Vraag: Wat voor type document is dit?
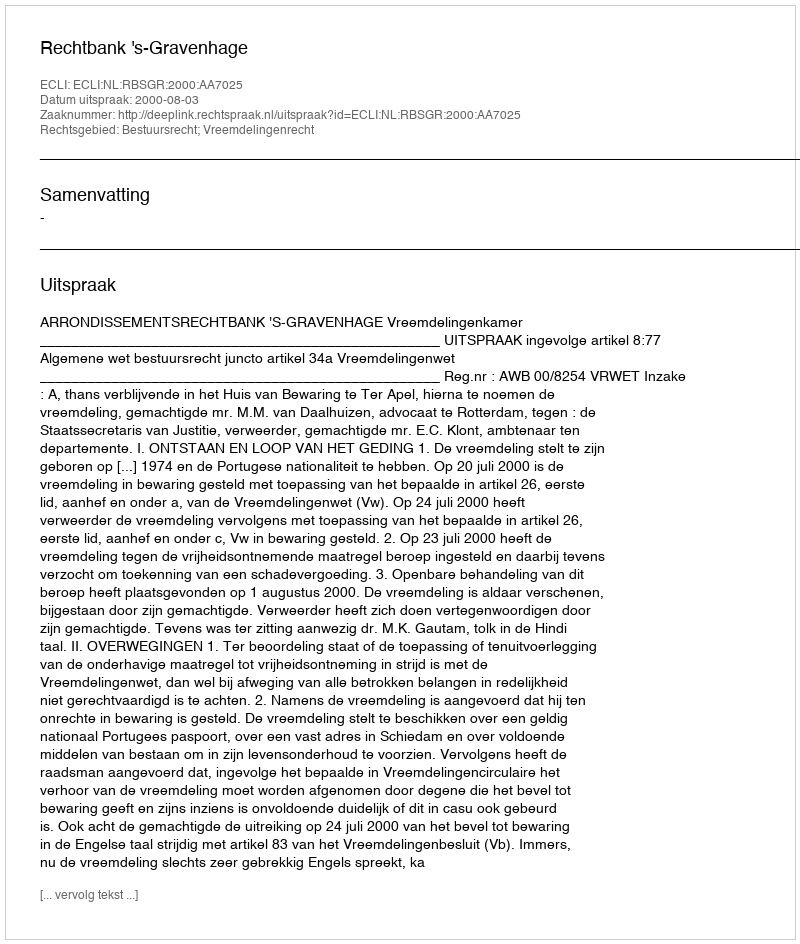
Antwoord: Uitspraak